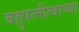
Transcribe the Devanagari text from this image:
बहुपत्नीत्वाच्या